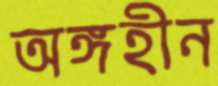
অঙ্গহীন